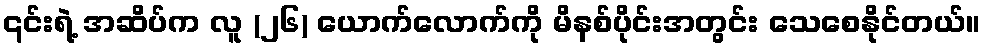
၎င်းရဲ့ အဆိပ်က လူ (၂၆) ယောက်လောက်ကို မိနစ်ပိုင်းအတွင်း သေစေနိုင်တယ်။